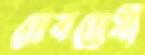
দেবদ্বেষী